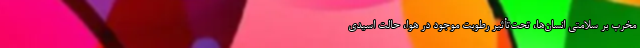
مخرب بر سلامتی انسان‌ها، تحت‌تأثیر رطوبت موجود در هوا، حالت اسیدی